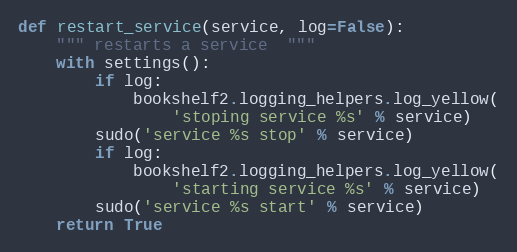
Language: Python
def restart_service(service, log=False):
    """ restarts a service  """
    with settings():
        if log:
            bookshelf2.logging_helpers.log_yellow(
                'stoping service %s' % service)
        sudo('service %s stop' % service)
        if log:
            bookshelf2.logging_helpers.log_yellow(
                'starting service %s' % service)
        sudo('service %s start' % service)
    return True